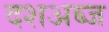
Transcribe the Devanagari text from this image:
दशअब्ज